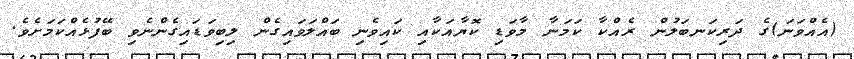
(އެއްވަނަ)ގެ ދަރިކަނބަލުން ރެއްކާ ކަމަނާ މާވަޑި ކޮޔާއަކާއި ކައިވެނި ބައްލަވައިގެން ލިބިވަޑައިގެންނެވި ބޭފުޅެއްކަމަށެވެ.